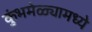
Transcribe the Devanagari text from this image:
कुंभमेळ्यामध्ये